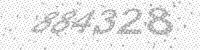
Solution: 884328